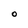
Character: O